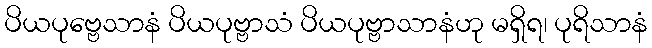
ပိယပုဗ္ဗေသာနံ ပိယပုဗ္ဗာသံ ပိယပုဗ္ဗာသာနံဟု မရှိရ၊ ပုရိသာနံ